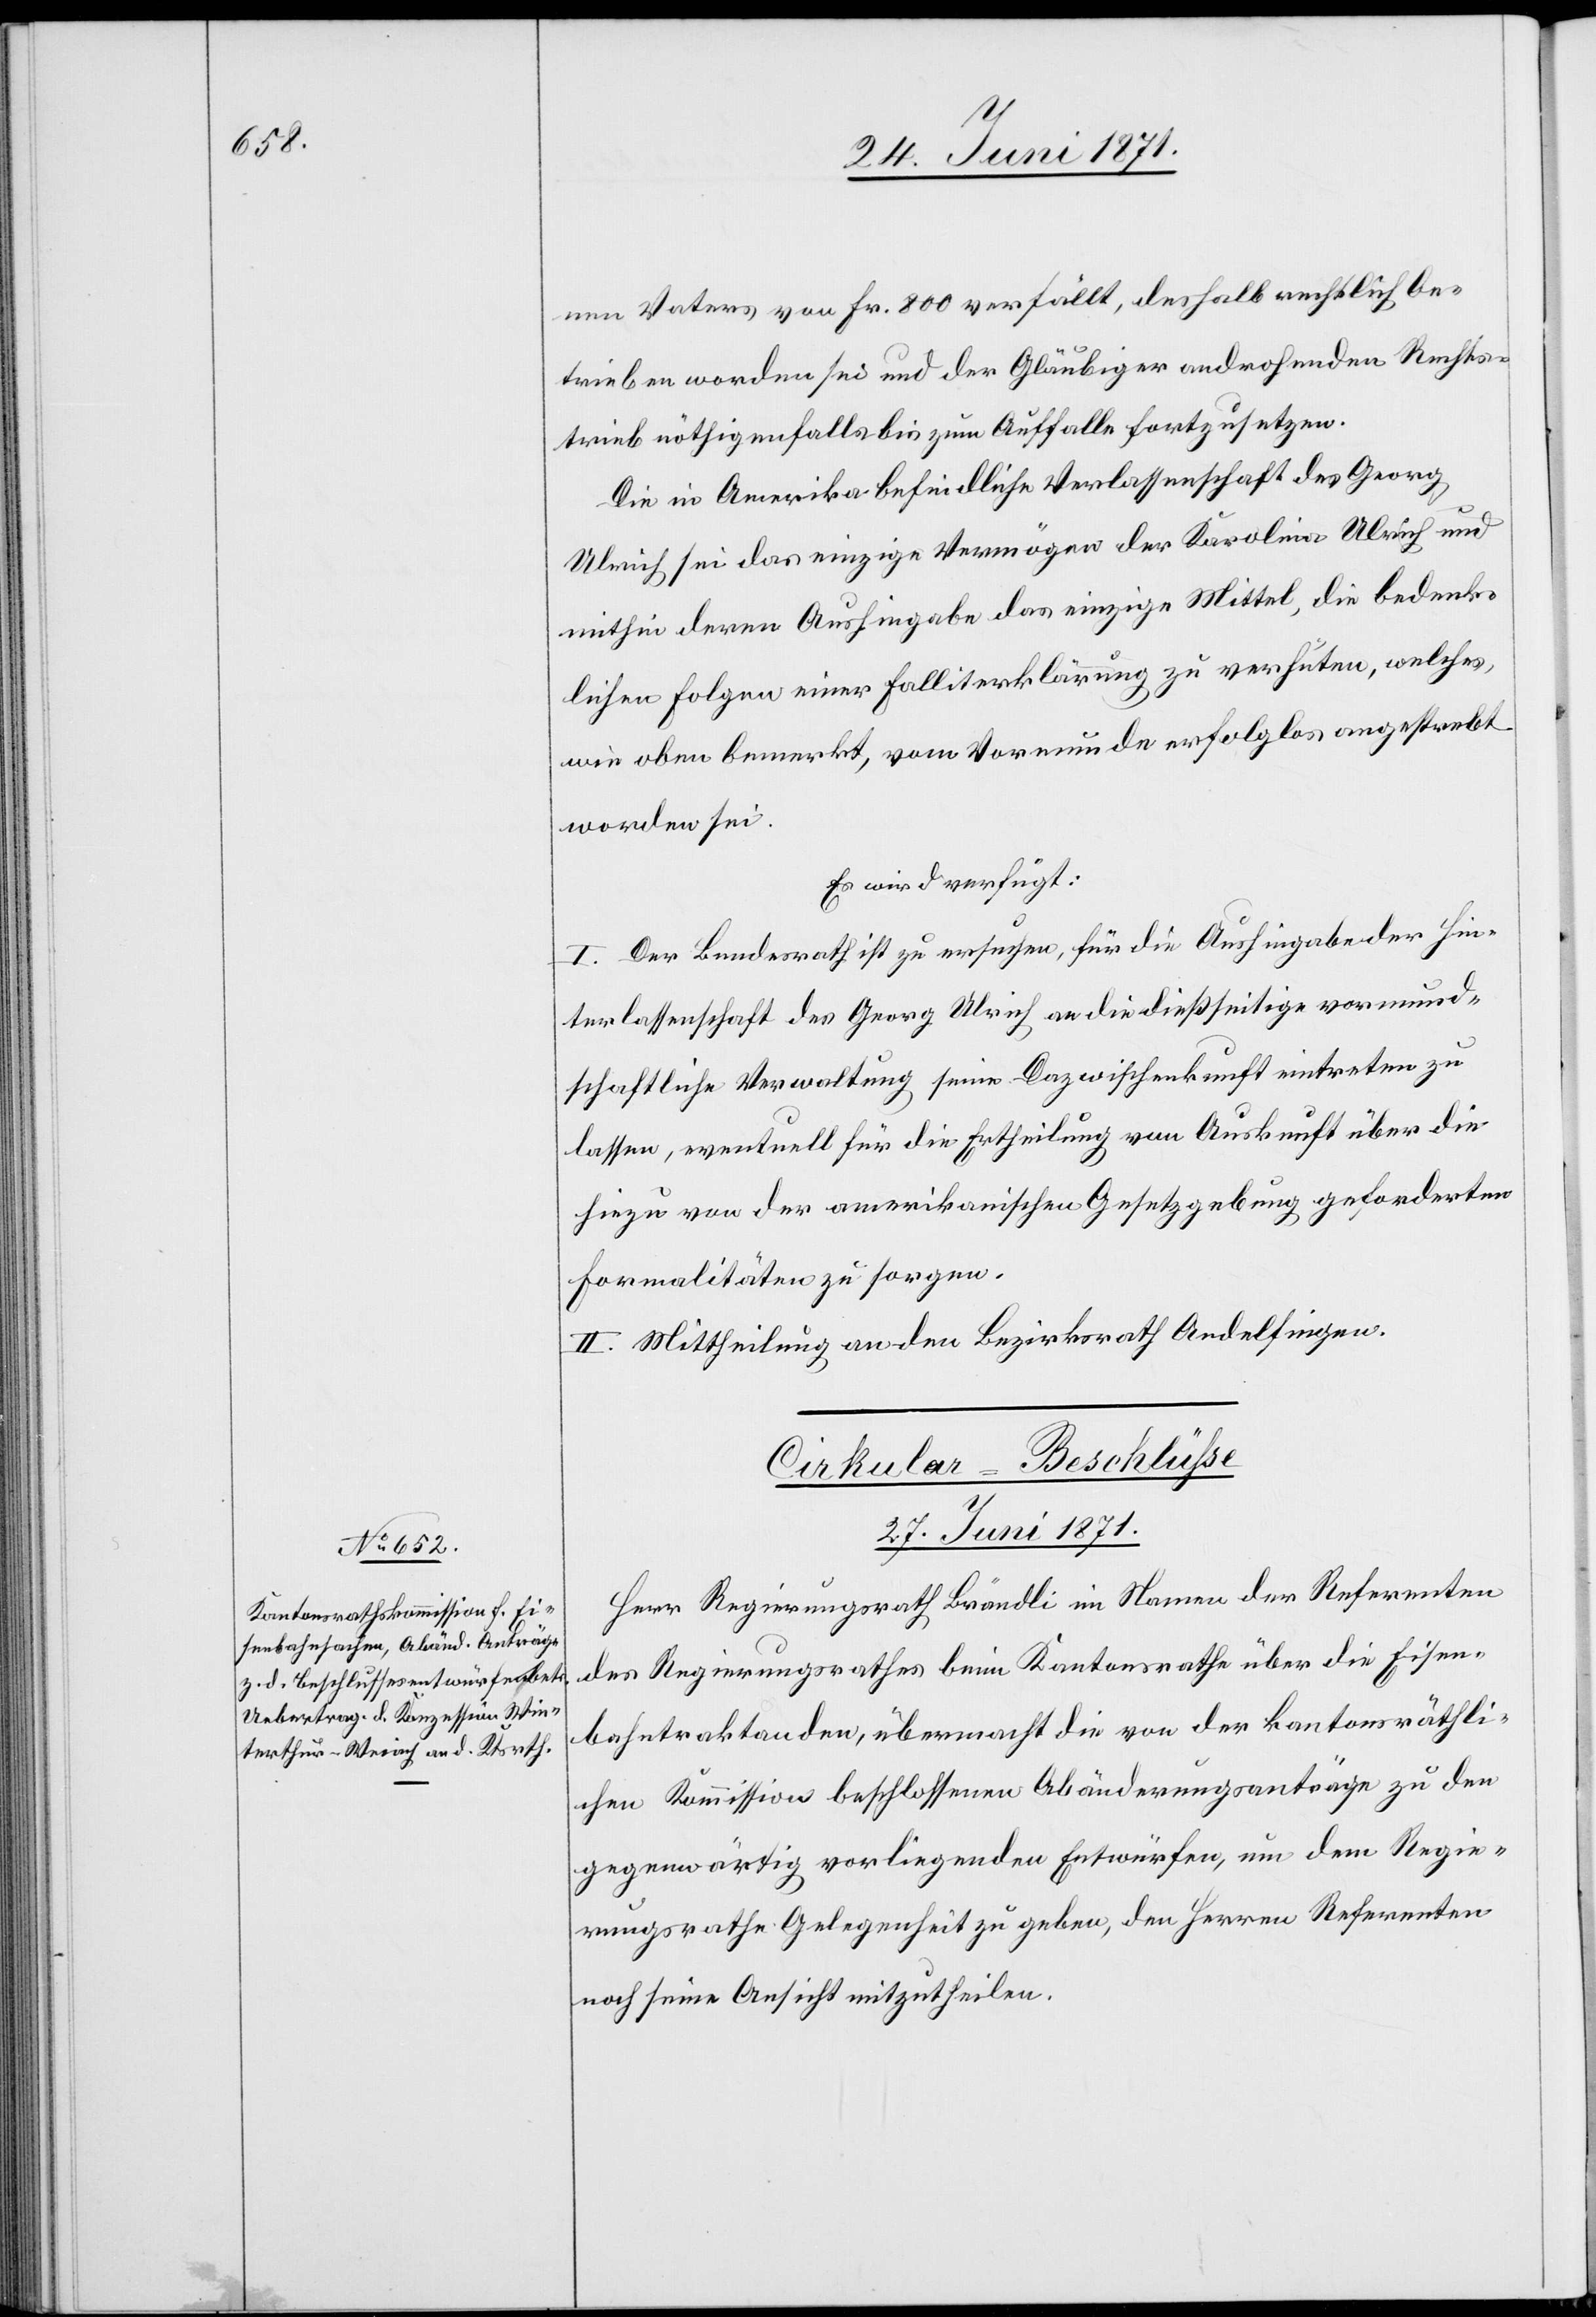
nen Vaters von Fr. 800 verfällt, deshalb rechtlich be¬
trieben worden sei und der Gläubiger androhenden Rechts¬
trieb nöthigenfalls bis zum Auffalle fortzusetzen
Die in Amerika befindliche Verlassenschaft des Georg
Ulrich sei das einzige Vermögen der Karolina Ulrich und
mithin deren Aushingabe das einzige Mittel, die bedenk¬
lichen Folgen einer Falliterklärung zu verhüten, welches,
wie oben bemerkt, vom Vormunde erfolglos angestrebt
worden sei.
Es wird verfügt:
I. Der Bundesrath ist zu ersuchen, für die Aushingabe der Hin¬
terlassenschaft des Georg Ulrich an die dießseitige vormund¬
schaftliche Verwaltung seine Dazwischenkunft eintreten zu
lassen, eventuell für die Ertheilung von Auskunft über die
hiezu von der amerikanischen Gesetzgebung geforderten
Formalitäten zu sorgen.
II. Mittheilung an den Bezirksrath Andelfingen.
Cirkular-Beschlüße
27. Juni 1871.
Herr Regierungsrath Brändli im Namen der Referenten
des Regierungsrathes beim Kantonsrathe über die Eisen¬
bahntraktanden, übermacht die von der kantonsräthli¬
chen Kommission beschlossenen Abänderungsanträge zu den
gegenwärtig vorliegenden Entwürfen, um dem Regie¬
rungsrathe Gelegenheit zu geben, den Herren Referenten
noch seine Ansicht mitzutheilen.